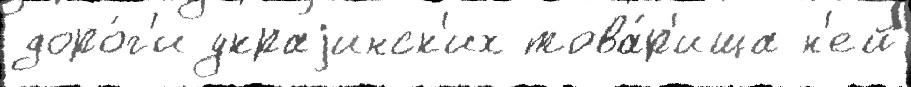
доро́г'и украjинск'их това́р'ища н'ей